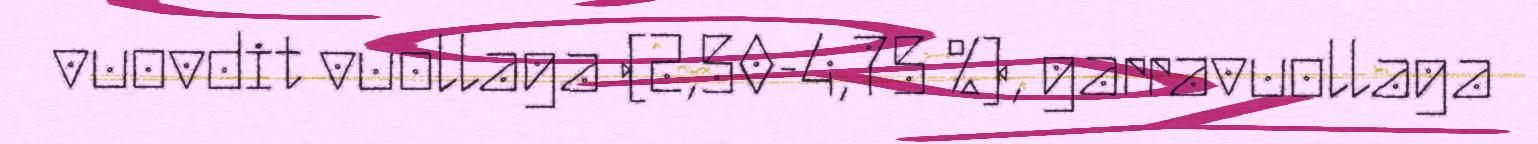
vuovdit vuollaga (2,50-4,75 %), garravuollaga